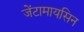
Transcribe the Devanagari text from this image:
जेंटामायसिन